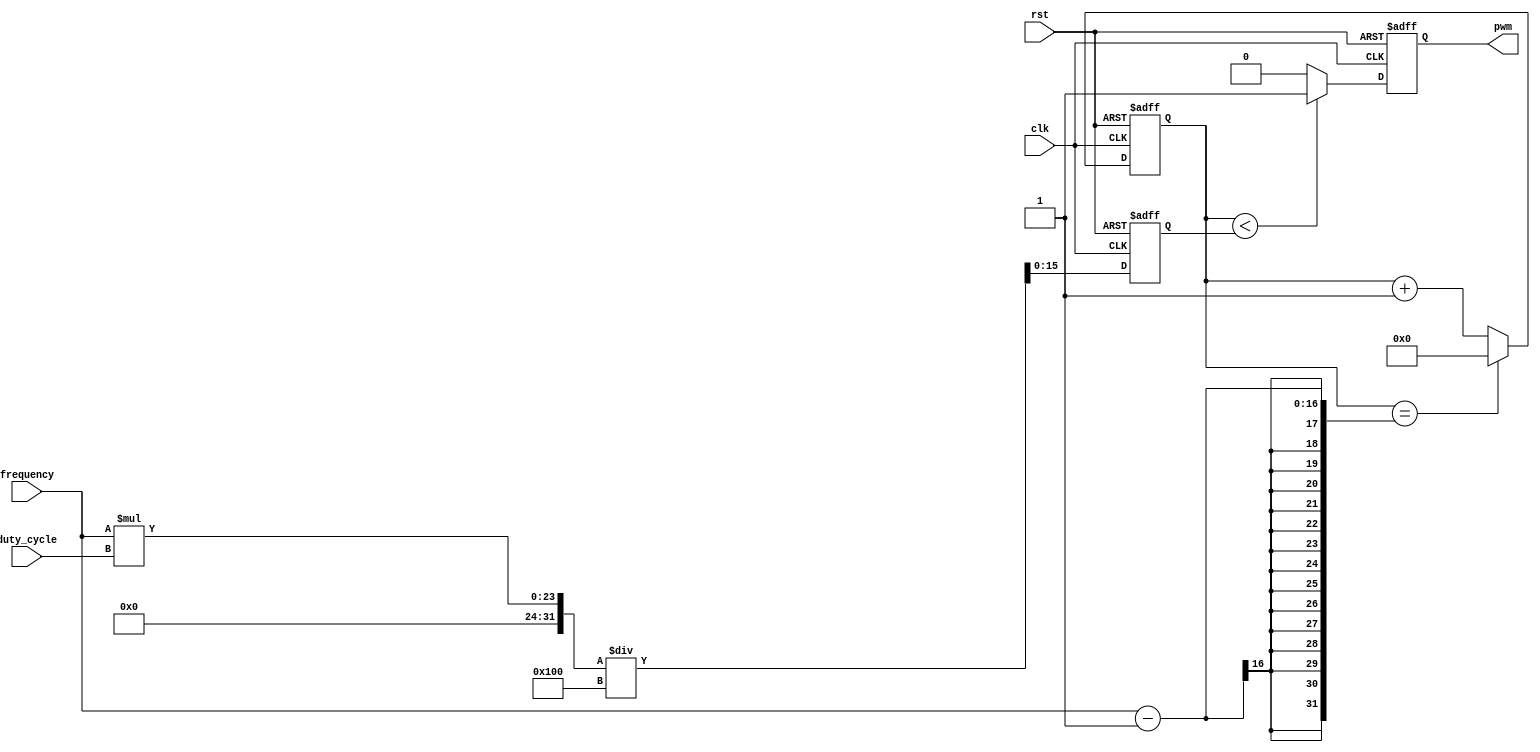
module pwm_pulse_generator(
    input wire clk,
    input wire rst,
    input wire [7:0] duty_cycle,
    input wire [15:0] frequency,
    output reg pwm
);

reg [15:0] count;
reg [15:0] pulse_width;

// Control module
always @ (posedge clk or posedge rst) begin
    if (rst) begin
        pulse_width <= 0;
    end else begin
        pulse_width <= frequency * duty_cycle / 256;
    end
end

// Timing module
always @ (posedge clk or posedge rst) begin
    if (rst) begin
        count <= 0;
    end else begin
        if (count == frequency - 1) begin
            count <= 0;
        end else begin
            count <= count + 1;
        end
    end
end

// Synchronization module
always @ (posedge clk or posedge rst) begin
    if (rst) begin
        pwm <= 0;
    end else begin
        if (count < pulse_width) begin
            pwm <= 1;
        end else begin
            pwm <= 0;
        end
    end
end

endmodule